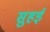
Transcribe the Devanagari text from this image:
सुहई